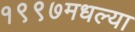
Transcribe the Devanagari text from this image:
१९९७मधल्या